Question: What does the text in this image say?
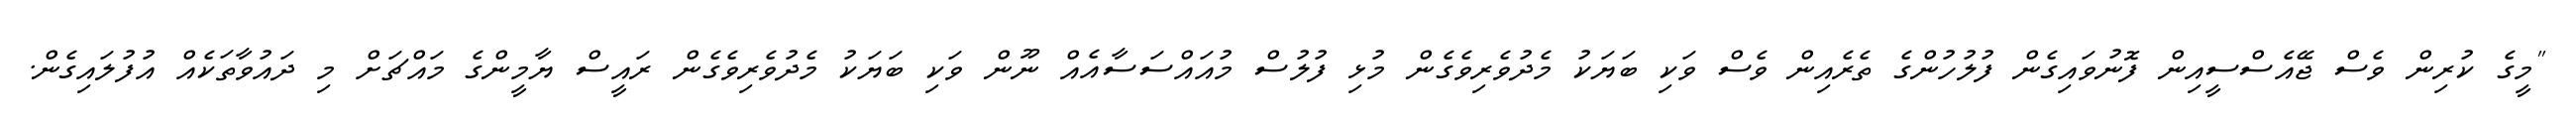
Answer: "މީގެ ކުރިން ވެސް ޖޭއެސްސީއިން ފޮނުވައިގެން ފުލުހުންގެ ތެރެއިން ވެސް ވަކި ބަޔަކު މެދުވެރިވެގެން މުޅި ފުލުސް މުއައްސަސާއެއް ނޫން ވަކި ބަޔަކު މެދުވެރިވެގެން ރައީސް ޔާމީންގެ މައްޗަށް މި ދައުވާތަކެއް އުފުލައިގެން.